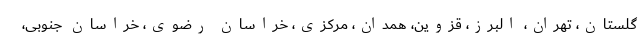
گلستان، تهران، البرز، قزوین، همدان، مرکزی، خراسان رضوی، خراسان جنوبی،